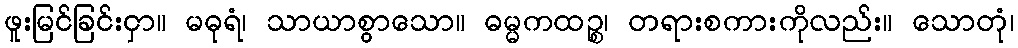
ဖူးမြင်ခြင်းငှာ။ မဓုရံ၊ သာယာစွာသော။ ဓမ္မကထဉ္စ၊ တရားစကားကိုလည်း။ သောတုံ၊